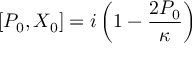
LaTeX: [ P _ { 0 } , X _ { 0 } ] = i \left( 1 - \frac { 2 P _ { 0 } } \kappa \right)